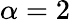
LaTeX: \alpha=2